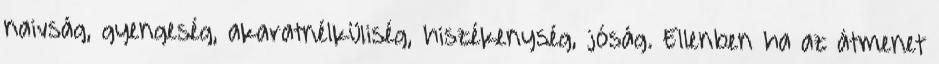
naivság, gyengeség, akaratnélküliség, hiszékenység, jóság. Ellenben ha az átmenet